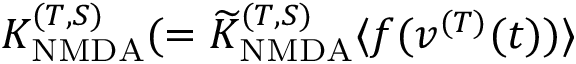
K _ { \mathrm { N M D A } } ^ { ( T , S ) } ( = { \widetilde K } _ { \mathrm { N M D A } } ^ { ( T , S ) } \langle f ( v ^ { ( T ) } ( t ) ) \rangle